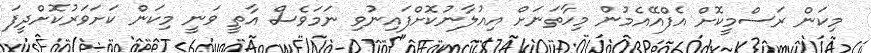
މިކަން ރަސްމީކޮށް އެފްއޭއެމުން މިހާތަނަށް އިއުލާނުކޮށްފައިނުވި ނަމަވެސް އާތީ ވަނީ މިކަން ކަށަވަރުކޮށްދީފަ